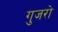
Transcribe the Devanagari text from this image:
गुजरो